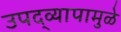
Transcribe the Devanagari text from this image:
उपद्‌व्यापामुळे